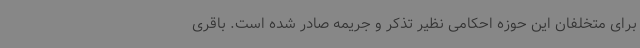
برای متخلفان این حوزه احکامی نظیر تذکر و جریمه صادر شده است. باقری